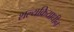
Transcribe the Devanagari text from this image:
शल्यक्रियाधीन